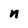
Character: n